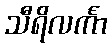
သီရိလင်္ကာ